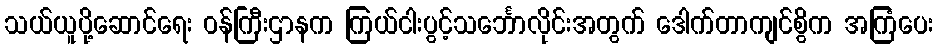
သယ်ယူပို့ဆောင်ရေး ဝန်ကြီးဌာနက ကြယ်ငါးပွင့်သင်္ဘောလိုင်းအတွက် ဒေါက်တာကျင်စွိက အကြံပေး